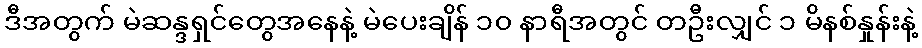
ဒီအတွက် မဲဆန္ဒရှင်တွေအနေနဲ့ မဲပေးချိန် ၁၀ နာရီအတွင် တဦးလျှင် ၁ မိနစ်နှုန်းနဲ့